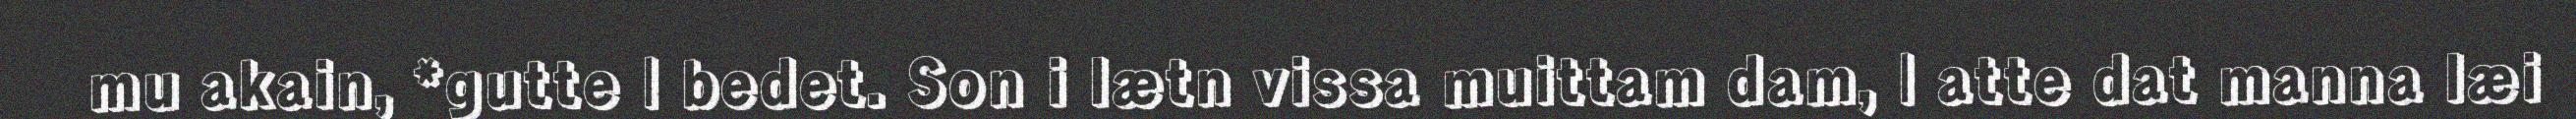
mu akain, *gutte | bedet. Son i lætn vissa muittam dam, | atte dat manna læi